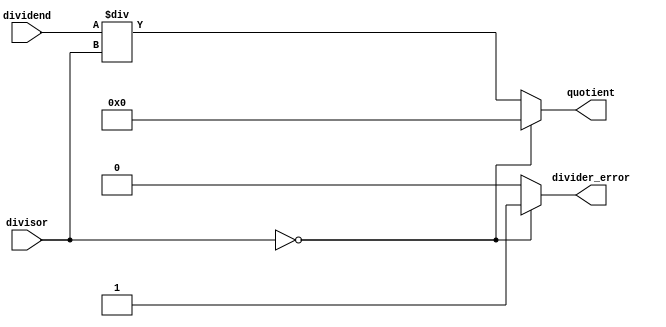
module fixed_point_divider (
    input signed [15:0] dividend,
    input signed [15:0] divisor,
    output reg signed [15:0] quotient,
    output reg divider_error // signal to indicate division by zero or overflow
);

always @(*) begin
    if (divisor == 0) begin
        quotient <= 16'b0; // division by zero
        divider_error <= 1;
    end else begin
        quotient <= dividend / divisor;
        divider_error <= 0;
    end
end

endmodule